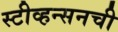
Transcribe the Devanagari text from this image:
स्टीव्हन्‍सनची